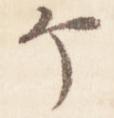
ヶ